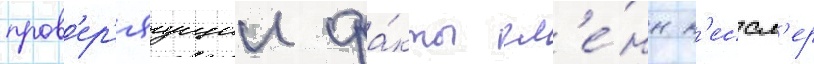
пров'ер'яущии фа́кты гл'е́нн к'ессл'ер